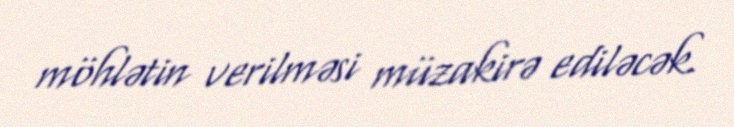
möhlətin verilməsi müzakirə ediləcək.